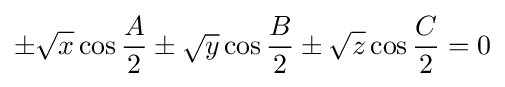
\pm {\sqrt {x}}\cos {\frac {A}{2}}\pm {\sqrt {y}}\cos {\frac {B}{2}}\pm {\sqrt {z}}\cos {\frac {C}{2}}=0